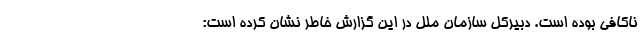
ناکافی بوده است. دبیرکل سازمان ملل در این گزارش خاطر نشان کرده است: